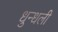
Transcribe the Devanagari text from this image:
धुन्धली